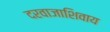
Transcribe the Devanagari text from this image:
दरवाजाशिवाय